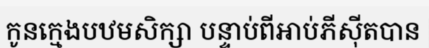
កូនក្មេងបឋមសិក្សា បន្ទាប់ពីអាប់ភីស៊ីតបាន